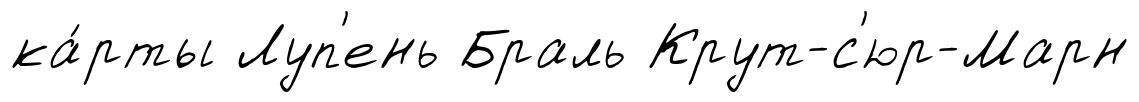
ка́рты Луп'ень Браль Крут-с'юр-Марн